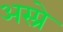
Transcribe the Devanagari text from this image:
अस्प्रे